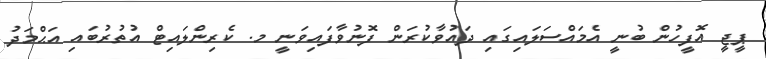
ޕީޖީ އޮފީހުން ބުނީ އެމައްސަލައިގައި ދައުވާކުރަން ފޮނުވާފައިވަނީ މ. ކެރިންލައިޓް އުތުރުބައި އަޙްމަދު